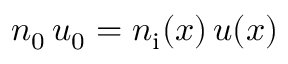
n _ { 0 } \, u _ { 0 } = n _ { \mathrm { i } } ( x ) \, u ( x )